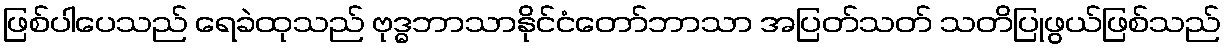
ဖြစ်ပါပေသည် ရေခဲထုသည် ဗုဒ္ဓဘာသာနိုင်ငံတော်ဘာသာ အပြတ်သတ် သတိပြုဖွယ်ဖြစ်သည်